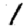
Digit: 1